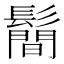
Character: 鬝